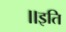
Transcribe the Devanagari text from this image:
॥इति